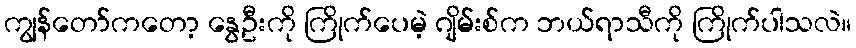
ကျွန်တော်ကတော့ နွေဦးကို ကြိုက်ပေမဲ့ ဂျိမ်းစ်က ဘယ်ရာသီကို ကြိုက်ပါသလဲ။